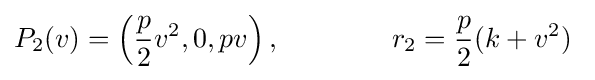
P_{2}(v)=\left({\frac {p}{2}}v^{2},0,pv\right),\qquad \qquad r_{2}={\frac {p}{2}}(k+v^{2})\